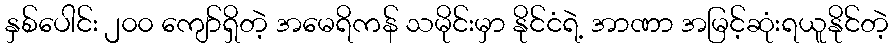
နှစ်ပေါင်း ၂၀၀ ကျော်ရှိတဲ့ အမေရိကန် သမိုင်းမှာ နိုင်ငံရဲ့ အာဏာ အမြင့်ဆုံးရယူနိုင်တဲ့